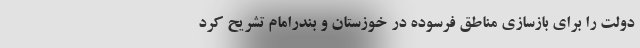
دولت را برای بازسازی مناطق فرسوده در خوزستان و بندرامام تشریح کرد